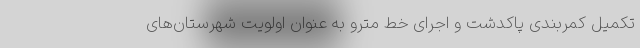
تکمیل کمربندی پاکدشت و اجرای خط مترو به عنوان اولویت شهرستان‌های